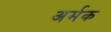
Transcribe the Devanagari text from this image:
अर्मक